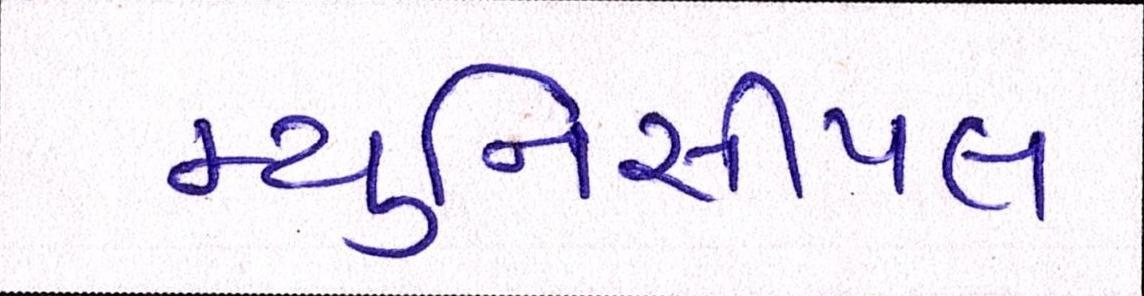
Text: મ્યુનિસીપલ